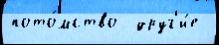
пото́мство  друг'и́е